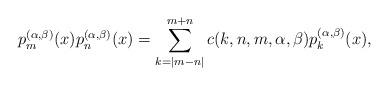
LaTeX: \begin{align*}p_m^{(\alpha,\beta)}(x)p_n^{(\alpha,\beta)}(x)=\sum_{k=|m-n|}^{m+n}c(k,n,m,\alpha,\beta)p_k^{(\alpha,\beta)}(x),\end{align*}